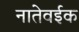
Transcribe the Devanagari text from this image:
नातेवईक